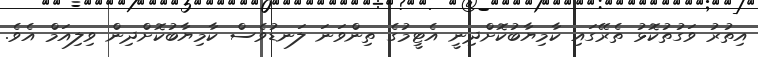
އިތުރު ވަގުތުކޮޅު ތެރޭގައި ކާމިޔާބުކޮށްދިނީ އެޓީމުގެ ތިންވަނަ ލަނޑުވެސް ކާމިޔާބުކޮށްދިން ވިލިއަމް އެވެ.